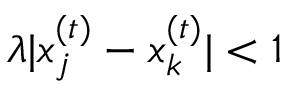
\lambda | x _ { j } ^ { ( t ) } - x _ { k } ^ { ( t ) } | < 1